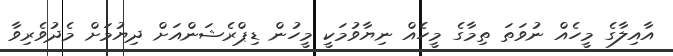
އާއިލާގެ މީހެއް ނުވަތަ ތިމާގެ މީހެއް ނިޔާވުމަކީ މީހުން ޑިޕްރެޝަންއަށް ދިޔުމަށް މެދުވެރިވާ